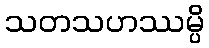
သတသဟဿမ္ပိ